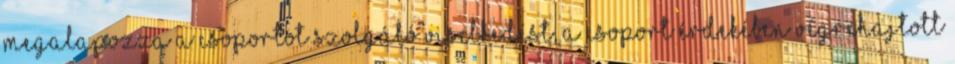
Megalapozza a csoportot szolgáló viselkedést, a csoport érdekében végrehajtott